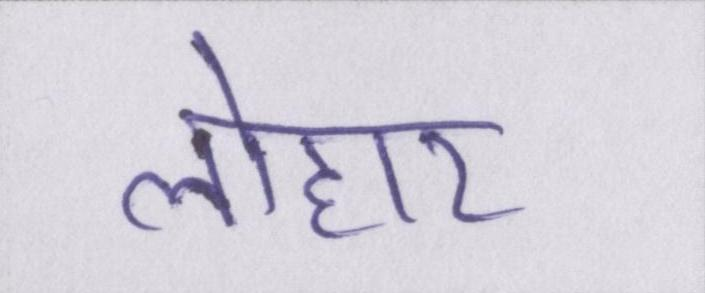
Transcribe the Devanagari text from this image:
लोहार